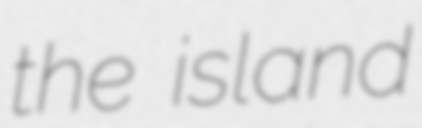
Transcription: the island